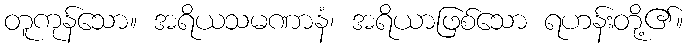
တူကုန်သော။ အရိယသမဏာနံ၊ အရိယာဖြစ်သော ရဟန်းတို့၏။